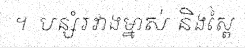
។  បន្សំរវាងម្នាស់ និងស្ពៃ